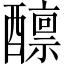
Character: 𫑾